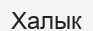
Халык